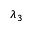
\lambda _ { 3 }